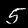
Digit: 5